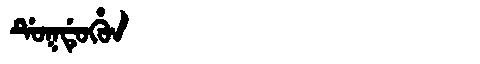
Manchu: ᡩᡠᡴᡩᡠᡥᡠᠨ
Romanization: DUKDUHUN